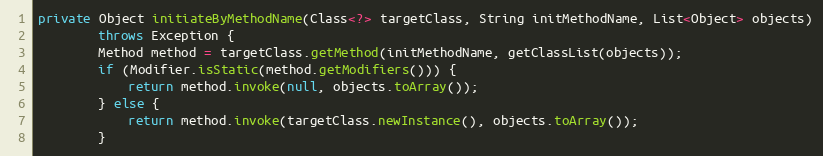
Language: Java
private Object initiateByMethodName(Class<?> targetClass, String initMethodName, List<Object> objects)
        throws Exception {
        Method method = targetClass.getMethod(initMethodName, getClassList(objects));
        if (Modifier.isStatic(method.getModifiers())) {
            return method.invoke(null, objects.toArray());
        } else {
            return method.invoke(targetClass.newInstance(), objects.toArray());
        }